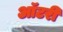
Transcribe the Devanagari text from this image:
ऑटरी